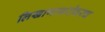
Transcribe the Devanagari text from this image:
लिखाणाबरोबरच